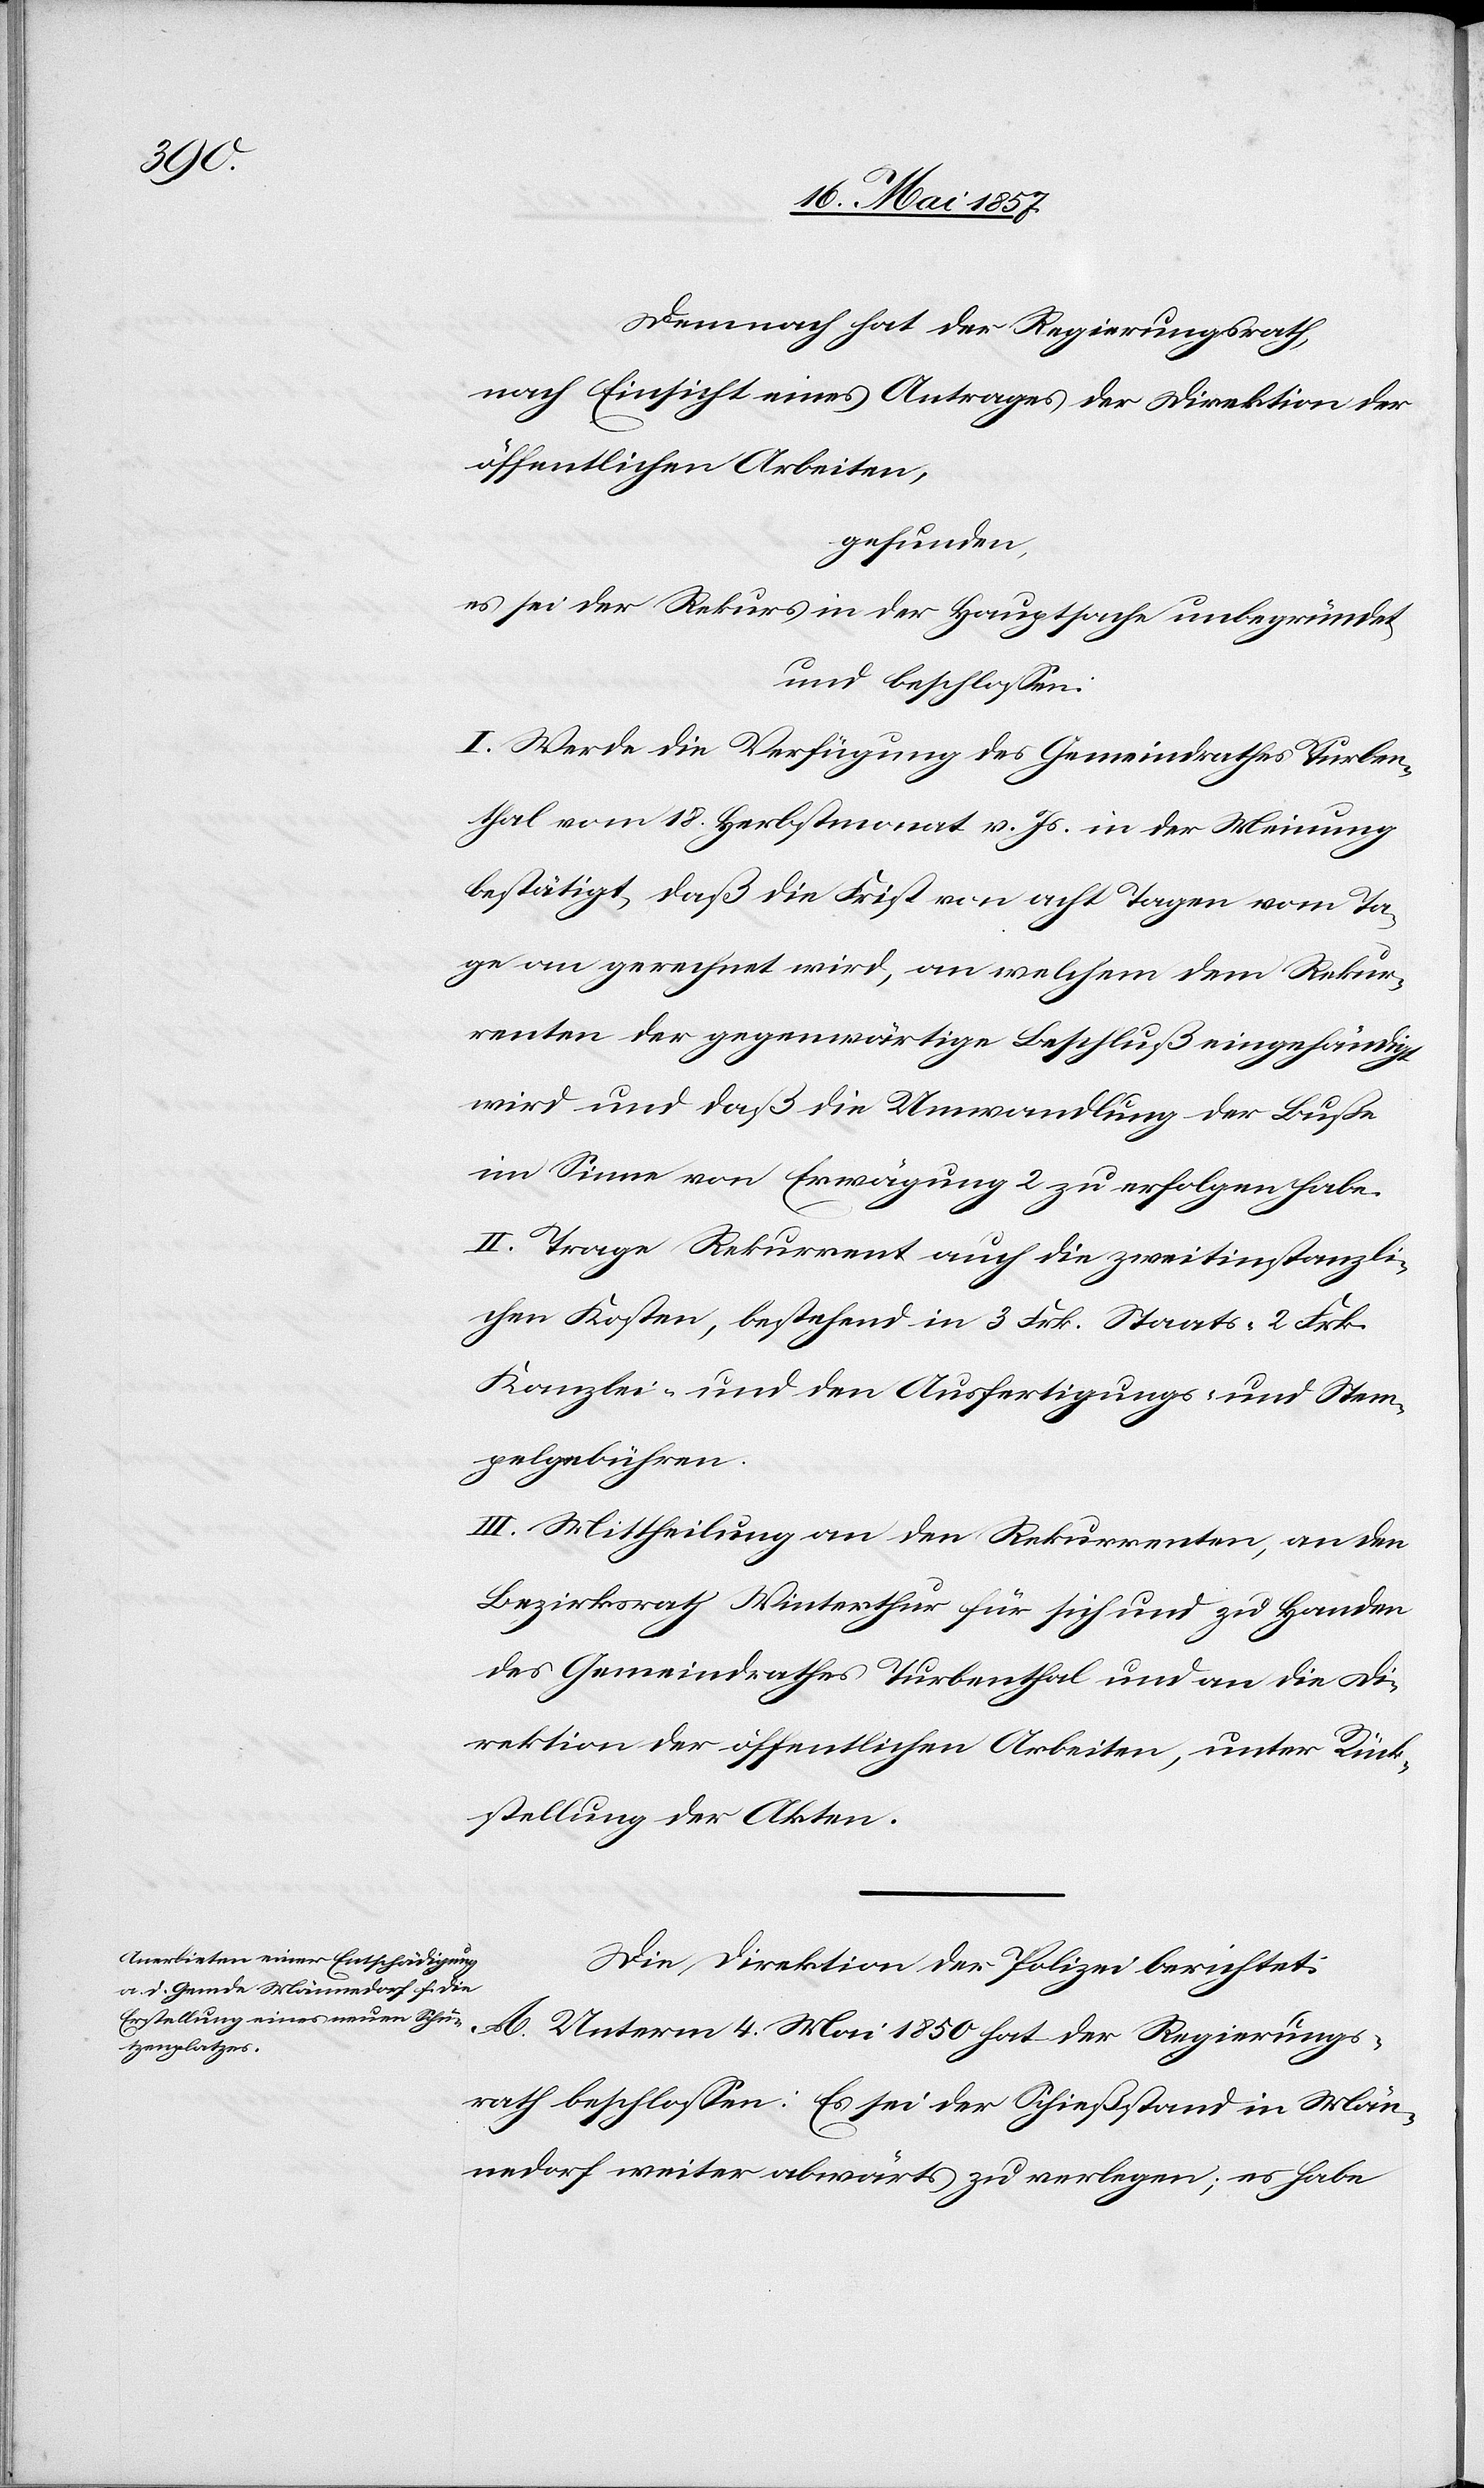
Demnach hat der Regierungsrath,
nach Einsicht eines Antrages der Direktion der
öffentlichen Arbeiten,
gefunden,
es sei der Rekurs in der Hauptsache unbegründet
und beschlossen:
I. Werde die Verfügung des Gemeindrathes Turben¬
thal vom 18 Herbstmonat v. Js. in der Meinung
bestätigt, daß die Frist von acht Tagen vom Ta¬
ge an gerechnet wird, an welchem dem Rekur¬
renten der gegenwärtige Beschluß eingehändigt
wird und daß die Umwandlung der Buße
im Sinne von Erwägung 2 zu erfolgen habe.
II. Trage Rekurrent auch die zweitinstanzli¬
chen Kosten, bestehend in 3 Frk. Staats- 2 Frk.
Kanzlei- und den Ausfertigungs- u. Stem¬
pelgebühren.
III. Mittheilung an den Rekurrenten, an den
Bezirksrath Winterthur für sich und zu Handen
des Gemeindrathes Turbenthal und an die Di¬
rektion der öffentlichen Arbeiten, unter Rück¬
stellung der Akten.
Die Direktion der Polizei berichtet:
A. Unterm 4 Mai 1850 hat der Regierungs¬
rath beschlossen: Es sei der Schießstand in Män¬
nedorf weiter abwärts zu verlegen; es habe